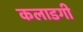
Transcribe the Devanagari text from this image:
कलाडगी